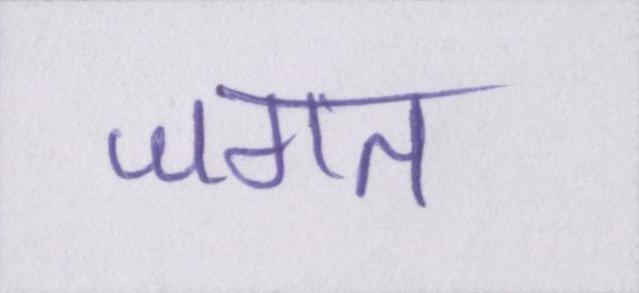
जगत